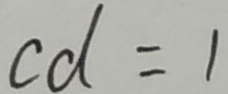
c d = 1